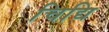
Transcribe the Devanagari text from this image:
चिद्यि